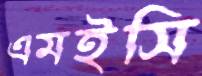
এমইসি